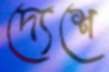
দ্যেশে